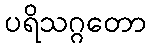
ပရိသဂ္ဂတော